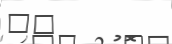
٦٤